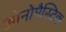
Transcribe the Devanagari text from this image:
ओनोमैस्टिक